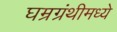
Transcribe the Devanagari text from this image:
घम्रग्रंथीमध्ये